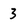
Character: 3